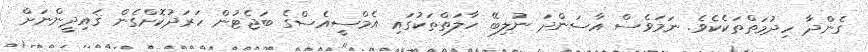
ގެންދާ ހިދުމަތްތަކެކެވެ. ނަމަވެސް އާސަންދަ ނުލިބޭ ހާލަތްތަކުގައި އެމްސީއެސްގެ ބަޖެޓުން ހަރަދުކޮށްގެން ޤައިދީންނަށް